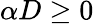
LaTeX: \alpha D\ge 0